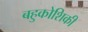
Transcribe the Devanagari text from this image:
बहुकोशिकी